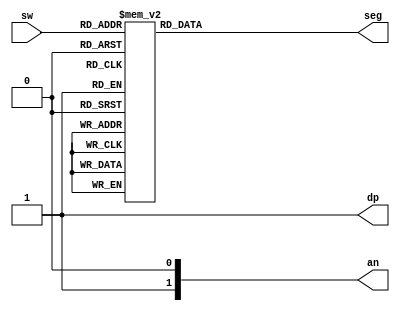
`timescale 1ns / 1ps
//////////////////////////////////////////////////////////////////////////////////
// Company: 
// Engineer: 
// 
// Design Name: 
// Module Name: segment_display
// Project Name: 
// Target Devices: 
// Tool Versions: 
// Description: 
// 
// Dependencies: 
// 
// Revision:
// Revision 0.01 - File Created
// Additional Comments:
// 
//////////////////////////////////////////////////////////////////////////////////


module segment_display(
    input [3:0] sw,
    output reg [6:0] seg,
    output [3:0] an,
    output dp
    );
    
    assign dp = 1'b1;
    
    always @ (sw)
        case(sw)
            4'b0000: seg = 7'b1000000; // 1111110 - 0 - 1000000
            4'b0001: seg = 7'b1111001; // 0110000 - 1 - 1111001
            4'b0010: seg = 7'b0100100; // 1101101 - 2 - 0100100
            4'b0011: seg = 7'b0110000; // 1111001 - 3 - 0110000
            4'b0100: seg = 7'b0011001; // 0110011 - 4 - 0011001
            4'b0101: seg = 7'b0010010; // 1011011 - 5 - 0010010
            4'b0110: seg = 7'b0000010; // 1011111 - 6 - 0000010
            4'b0111: seg = 7'b1111000; // 1110000 - 7 - 1111000
            4'b1000: seg = 7'b0000000; // 1111111 - 8 - 0000000
            4'b1001: seg = 7'b0011000; // 1110011 - 9 - 0011000
            4'b1010: seg = 7'b0001000; // 1110111 - A - 0001000
            4'b1011: seg = 7'b0000011; // 0011111 - B - 0000011
            4'b1100: seg = 7'b0100111; // 0001101 - C - 0100111
            4'b1101: seg = 7'b0100001; // 0111101 - D - 0100001
            4'b1110: seg = 7'b0000110; // 1001111 - E - 0000110
            4'b1111: seg = 7'b0001110; // 1000111 - F - 0001110
        endcase
endmodule